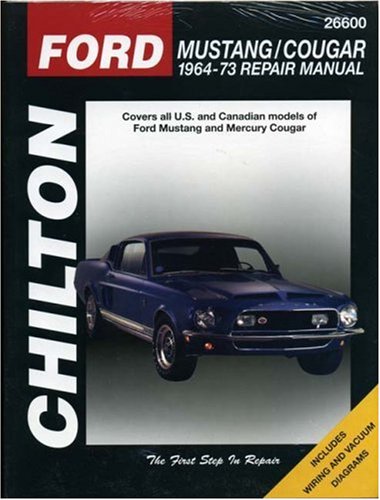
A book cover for Ford Mustang and Cougar, 1964-73 (Chilton Total Car Care Series Manuals); Chilton; Engineering & Transportation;